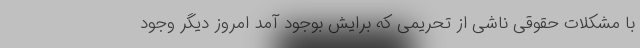
با مشکلات حقوقی ناشی از تحریمی که برایش بوجود آمد امروز دیگر وجود